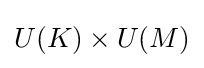
U(K)\times U(M)